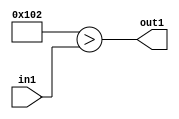
`timescale 1ps / 1ps
/*****************************************************************************
    Verilog RTL Description
    
    
    Created by: Stratus DpOpt 2019.1.01 
*******************************************************************************/

module DC_Filter_Lti258u12_1 (
	in1,
	out1
	); /* architecture "behavioural" */ 
input [11:0] in1;
output  out1;
wire  asc001;

assign asc001 = (17'B00000000100000010>in1);

assign out1 = asc001;
endmodule

/* CADENCE  urn0Qgw= : u9/ySgnWtBlWxVPRXgAZ4Og= ** DO NOT EDIT THIS LINE ******/